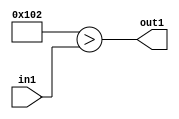
`timescale 1ps / 1ps
/*****************************************************************************
    Verilog RTL Description
    
    
    Created by: Stratus DpOpt 2019.1.01 
*******************************************************************************/

module DC_Filter_Lti258u12_1 (
	in1,
	out1
	); /* architecture "behavioural" */ 
input [11:0] in1;
output  out1;
wire  asc001;

assign asc001 = (17'B00000000100000010>in1);

assign out1 = asc001;
endmodule

/* CADENCE  urn0Qgw= : u9/ySgnWtBlWxVPRXgAZ4Og= ** DO NOT EDIT THIS LINE ******/